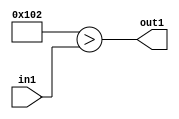
`timescale 1ps / 1ps
/*****************************************************************************
    Verilog RTL Description
    
    
    Created by: Stratus DpOpt 2019.1.01 
*******************************************************************************/

module DC_Filter_Lti258u12_1 (
	in1,
	out1
	); /* architecture "behavioural" */ 
input [11:0] in1;
output  out1;
wire  asc001;

assign asc001 = (17'B00000000100000010>in1);

assign out1 = asc001;
endmodule

/* CADENCE  urn0Qgw= : u9/ySgnWtBlWxVPRXgAZ4Og= ** DO NOT EDIT THIS LINE ******/